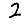
Digit: 2